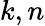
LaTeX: k,n